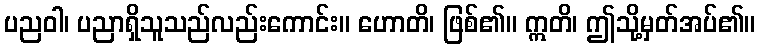
ပညဝါ၊ ပညာရှိသူသည်လည်းကောင်း။ ဟောတိ၊ ဖြစ်၏။ ဣတိ၊ ဤသို့မှတ်အပ်၏။